Medical and sanitary report of the native army of Bengal for the year
Year: 1878
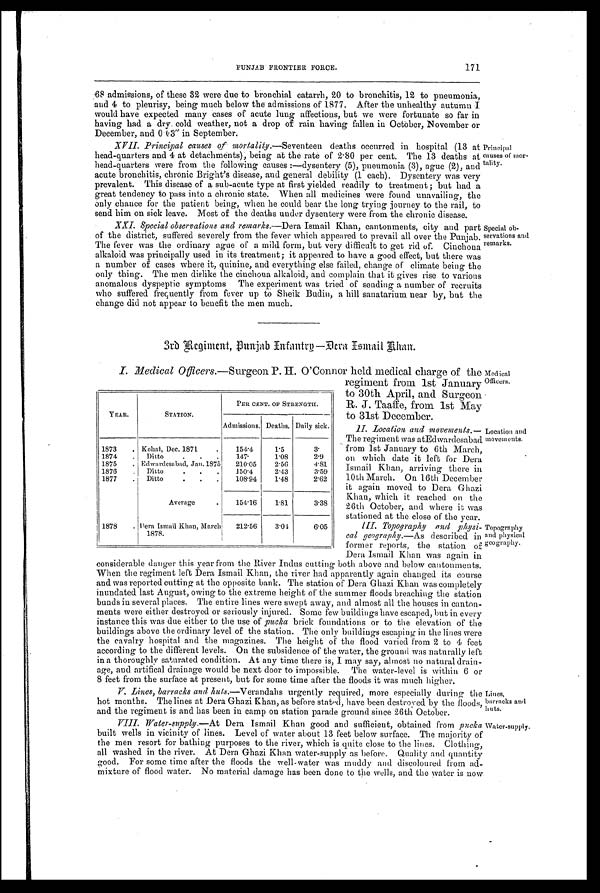
PUNJAB FRONTIER FORCE.
171
68 admissions, of these 32 were due to bronchial catarrh, 20 to bronchitis, 12 to pneumonia,
and 4 to pleurisy, being much below the admissions of 1877. After the unhealthy autumn
would have expected many cases of acute lung affections, but we were fortunate so far in
having had a dry cold weather, not a drop of rain having fallen in October, November or
December, and 0.03" in September.
XVII. Principal causes of mortality.—Seventeen deaths occurred in hospital (13 at
head-quarters and 4 at detachments), being at the rate of 2.80 per cent. The 13 deaths at
head-quarters were from the following causes :—dysentery (5), pneumonia (3), ague (2), and
acute bronchitis, chronic Bright's disease, and general debility (1 each). Dysentery was very
prevalent. This disease of a sub-acute type at first yielded readily to treatment ; but had a
great tendency to pass into a chronic state. When all medicines were found unavailing, the
only chance for the patient being, when he could bear the long trying journey to the rail, to
send him on sick leave. Most of the deaths under dysentery were from the chronic disease.
XXI. Special observations and remarks. —Dera Ismail Khan, cantonments, city and part
of the district, suffered severely from the fever which appeared to prevail all over the Punjab.
The fever was the ordinary ague of a mild form, but very difficult to get rid of. Cinchona
alkaloid was principally used in its treatment; it appeared to have a good effect, but there was
a number of cases where it, quinine, and everything else failed, change of climate being the
only thing. The men dislike the cinchona alkaloid, and complain that it gives rise to various
anomalous dyspeptic symptoms The experiment was tried of sending a number of recruits
who suffered frequently from fever up to Sheik Budin, a hill sanatarium near by, but the
change did not appear to benefit the men much.
Principal
causes of mor-
tality.
Special ob-
servations
remarks.
3r d Regi ment , Punj ab I nf ant r y—Der a I s mai l Khan.
I. Medical Officers.—Surgeon P. H. O'Connor held medical charge of the
YEAR.
STATION.
PER CENT. OF STRENGTH.
Admissions. Deaths. Daily sick.
1873
. Kohat, Dec. 1871
.
154.4
1.5
3.
18'74
.
Ditto
. . .
147.
1.08
2.9
1875
. Edwardesabad, Jan. 1875
210.05
2.56
4.81
1876
.
Ditto
.
. .
150.4
2.43
3.59
1877
.
Ditto
.
.
.
108.94
1.48
2.62
Average
.
154.16
181
3.38
1878
. Dera Ismail Khan, March
1878.
212.56
3.01
6.05
regiment from 1st J anuary
to 30th April, and Surgeon
R. J. Taaffe, from 1st May
to 31st December.
II. Location and movements.
— T h e r e g i m e n t w a s a t E d w a r d e s a b a d
from 1st January to 6th March,
on which date it left for Dera
Ismail Khan, arriving there in
10th March. On 16th December
it again moved to Dera Ghazi
Khan, which it reached on the
26th October, and where it was
stationed at the close of the year.
III. Topography and physi-
cal geography. —As described in
former reports, the station of
Dera Ismail Khan was again in
Medical
Officers.
Location and
movements.
Topography
and physical
geography.
considerable danger this year from the River Indus cutting both above and below cantonments.
When the regiment left Dera Ismail Khan, the river had apparently again changed its course
and was reported cutting at the opposite bank. The station of Dera Ghazi Khan was completely
inundated last August, owing to the extreme height of the summer floods breaching the station
bunds in several places. The entire lines were swept away, and almost all the houses in canton-
ments were either destroyed or seriously injured. Some few buildings have escaped, but in every
instance this was due either to the use of pucka brick foundations or to the elevation of the
buildings above the ordinary level of the station. The only buildings escaping in the lines were
the cavalry hospital and the magazines. The height of the flood varied from 2 to 4 feet
according to the different levels. On the subsidence of the water, the ground was naturally left
in a thoroughly saturated condition. At any time there is, I may say, almost no natural drain-
age, and artifical drainage would be next door to impossible. The water-level is within 6 or
8 feet from the surface at present, but for some time after the floods it was much big-her.
V . L i n e s , b a r r a c k s a n d n u t s . — V e r a n d a h s u r g e n t l y r e q u i r e d , m o r e e s p e c i a l l y d u r i n g t h e
hot months. The lines at Dera Ghazi Khan, as before stated, have been destroyed. by the floods;
and the regiment is and has been in camp on station parade ground since 26th October.
VIII. Water-supply. —At Dera Ismail Khan good and sufficient, obtained from pucka
built wells in vicinity of lines. Level of water about 13 feet below surface. The majority of
the men resort for bathing purposes to the river, which is quite close to the lines. Clothing
all washed in the river. At Dera Ghazi Khan water-supply as before. Quality and quantity
good. For some time alter the floods the well-water was muddy and discoloured from
a d - m i x t u r e o f f l o o d w a t e r . N o m a t e r i a l d a m a g e h a s b e e n d o n e t o t h e w e l l s , a n d t h e w a t e r i s n o w
Lines,
barracks and
huts.
Water-supply